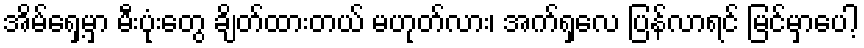
အိမ်ရှေ့မှာ မီးပုံးတွေ ချိတ်ထားတယ် မဟုတ်လား၊ အက်ရှလေ ပြန်လာရင် မြင်မှာပေါ့